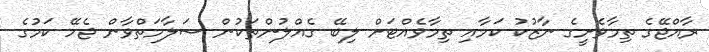
ރާއްޖޭގެ ތިމާވެށީގެ ނާޒުކު ކަމާއި ތިމާވެއްޓަށް ލިބޭ ގެއްލުންތަކުން ސަލާމަތްވާން ޖެހޭ ކަމުގެ